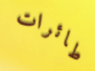
طائرات